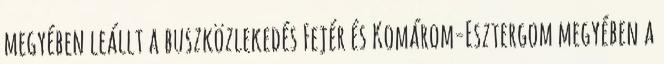
megyében leállt a buszközlekedés Fejér és Komárom-Esztergom megyében a